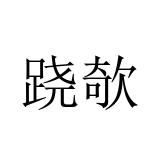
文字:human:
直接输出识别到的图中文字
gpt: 跷欹